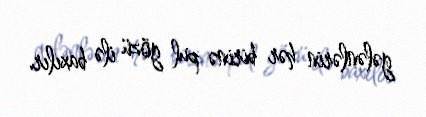
gələnlərin hər birinə pul gözü ilə baxılır.